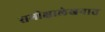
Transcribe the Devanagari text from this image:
समीक्षालेखनात